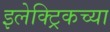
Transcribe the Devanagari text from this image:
इलेक्ट्रिकच्या